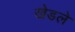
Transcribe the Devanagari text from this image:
खेडले